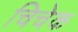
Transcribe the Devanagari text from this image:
चिचेक